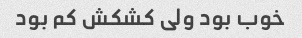
خوب بود ولی کشکش‌ کم بود